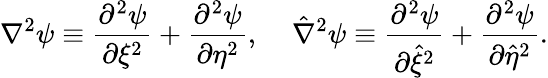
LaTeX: \nabla^{2}\psi\equiv\frac{\partial^{2}\psi}{\partial\xi^{2}}+\frac{\partial^{2}\psi}{\partial\eta^{2}},\; \; \; \; \hat{\nabla}^{2}\psi\equiv\frac{\partial^{2}\psi}{\partial\hat{\xi}^{2}}+\frac{\partial^{2}\psi}{\partial\hat{\eta}^{2}}.